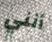
أنني